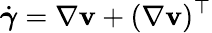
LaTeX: \dot{\boldsymbol{\gamma}}=\nabla\mathbf{v}+(\nabla\mathbf{v})^{\top}